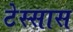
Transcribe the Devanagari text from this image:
टेस्सास